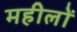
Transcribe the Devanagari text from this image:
महीलों